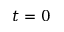
t = 0